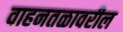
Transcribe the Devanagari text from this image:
वाहनतळावरील